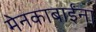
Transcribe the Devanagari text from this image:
मेनकाबाईंना